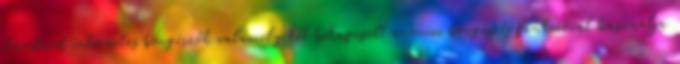
standard internetes böngészők valamelyikét bekapcsolt anonim böngészés funkcióval használja